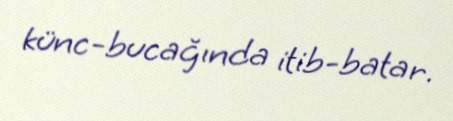
künc-bucağında itib-batar.